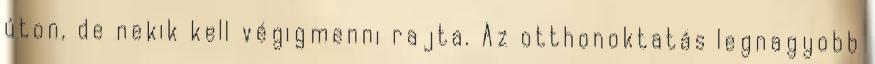
úton, de nekik kell végigmenni rajta. Az otthonoktatás legnagyobb